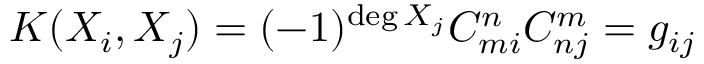
K ( X _ { i } , X _ { j } ) = ( - 1 ) ^ { \deg X _ { j } } C _ { m i } ^ { n } C _ { n j } ^ { m } = g _ { i j }